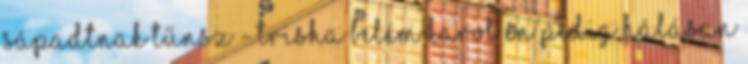
Sápadtnak tűnsz - Trisha belém karol én pedig hálásan